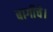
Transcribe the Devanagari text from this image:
बागीचे।